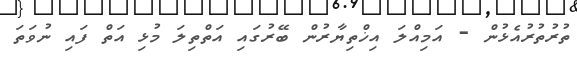
ތުރުތުރުއެޅުން - އަމިއްލަ އިޚްތިޔާރުން ބޭރުގައި އަތްތިލަ މުޅި އަތް ފައި ނުވަތަ